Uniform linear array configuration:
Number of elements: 4
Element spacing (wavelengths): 0.75
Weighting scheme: hann
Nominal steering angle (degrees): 60
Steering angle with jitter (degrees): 60.242
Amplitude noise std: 0.05
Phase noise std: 0.05

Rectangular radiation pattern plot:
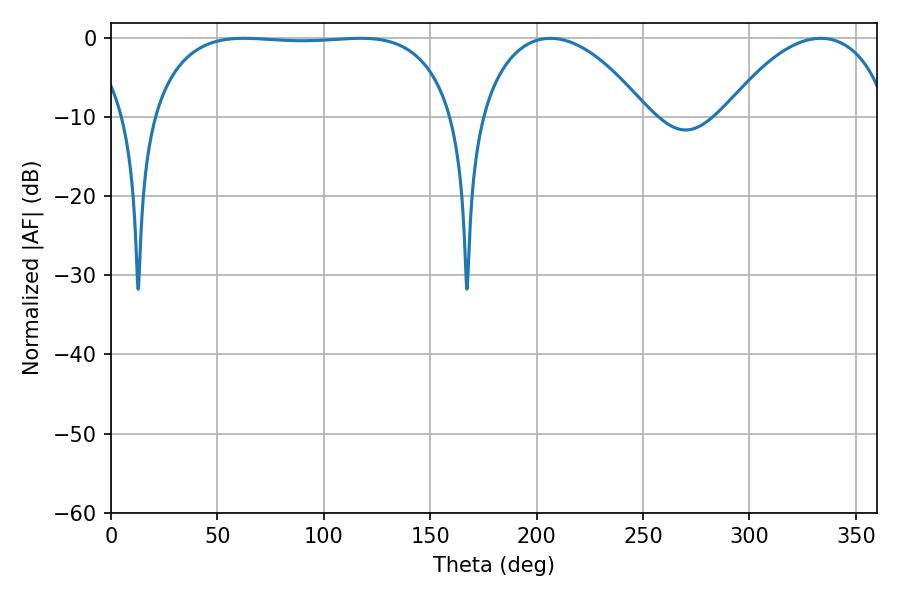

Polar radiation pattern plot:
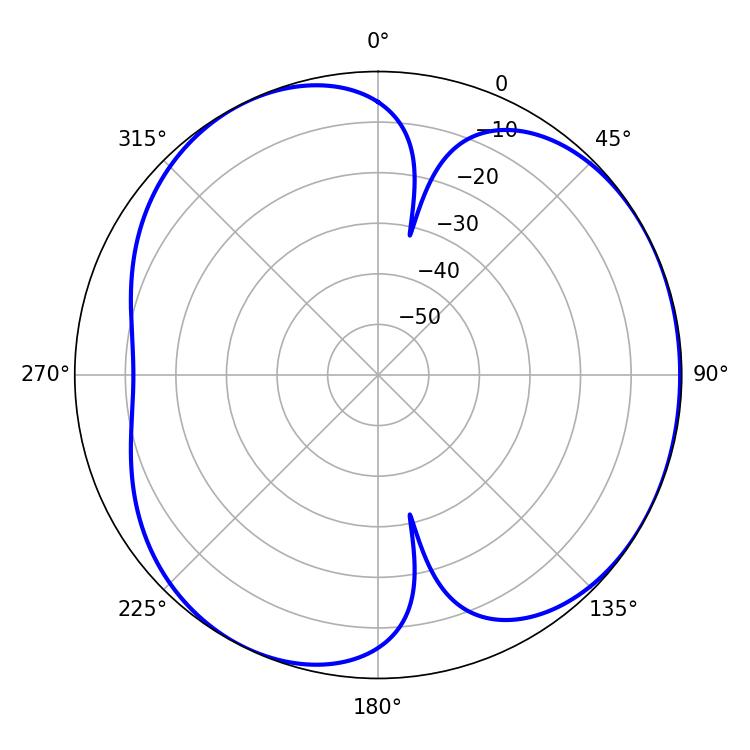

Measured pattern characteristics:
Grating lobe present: TRUE
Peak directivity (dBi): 4.185
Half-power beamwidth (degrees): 44.64
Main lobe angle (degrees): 206.46